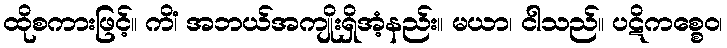
ထိုစကားဖြင့်။ ကိံ၊ အဘယ်အကျိုးရှိအံ့နည်း။ မယာ၊ ငါသည်။ ပဋိကစ္စေဝ၊